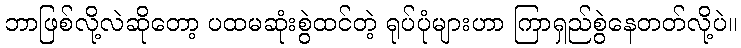
ဘာဖြစ်လို့လဲဆိုတော့ ပထမဆုံးစွဲထင်တဲ့ ရုပ်ပုံများဟာ ကြာရှည်စွဲနေတတ်လို့ပဲ။